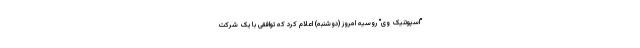
"اسپوتنیک وی" روسیه امروز (دوشنبه) اعلام کرد که توافقی با یک شرکت